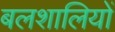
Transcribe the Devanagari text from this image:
बलशालियों